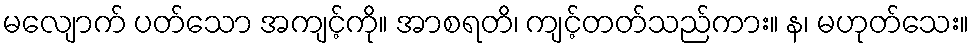
မလျောက် ပတ်သော အကျင့်ကို။ အာစရတိ၊ ကျင့်တတ်သည်ကား။ န၊ မဟုတ်သေး။